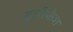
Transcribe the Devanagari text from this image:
द्वारिकेश